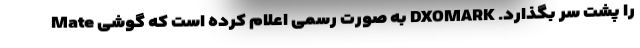
را پشت سر بگذارد. DXOMARK به صورت رسمی اعلام کرده است که گوشی Mate